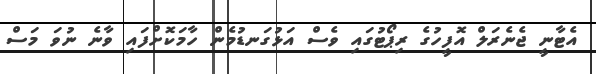
އެޓާނީ ޖެނެރަލް އޮފީހުގެ ރިޕޯޓުގައި ވެސް އަޅުގަނޑުމެން ހާމަކޮށްފައި ވާނެ ނުވަ މަސް